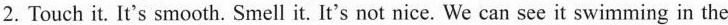
2. Touch it. It's smooth. Smell it. It's not nice. We can see it swimming in the